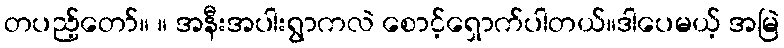
တပည့်တော်။ ။ အနီးအပါးရွာကလဲ စောင့်ရှောက်ပါတယ်။ဒါပေမယ့် အမြဲ